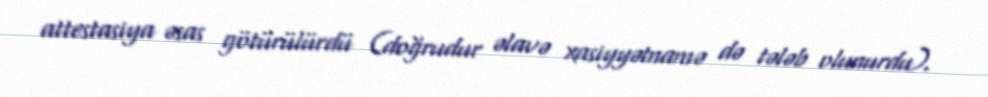
attestasiya əsas götürülürdü (doğrudur əlavə xasiyyətnamə də tələb olunurdu).